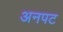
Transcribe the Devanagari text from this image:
अनपट